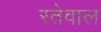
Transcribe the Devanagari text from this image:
रतेवाल